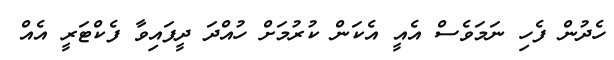
ހެދުން ފެހި ނަމަވެސް އެއީ އެކަން ކުރުމަށް ހުއްދަ ދީފައިވާ ފެކްޓަރީ އެއް